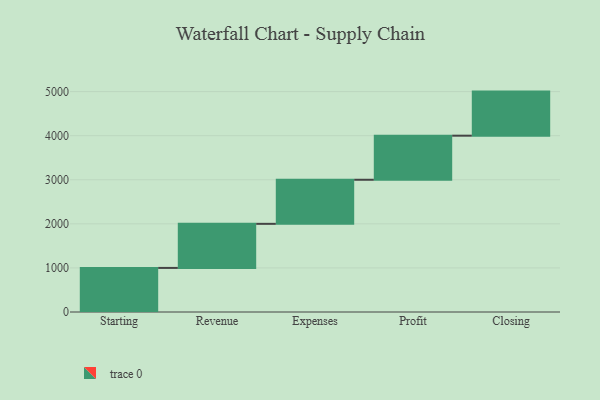
{"axis": {"x": "Step", "y": "Value"}, "legend": [""], "data": [{"x": "Starting", "y": 1000, "type": ""}, {"x": "Revenue", "y": 1000, "type": ""}, {"x": "Expenses", "y": 1000, "type": ""}, {"x": "Profit", "y": 1000, "type": ""}, {"x": "Closing", "y": 1000, "type": ""}]}